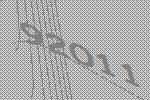
92011